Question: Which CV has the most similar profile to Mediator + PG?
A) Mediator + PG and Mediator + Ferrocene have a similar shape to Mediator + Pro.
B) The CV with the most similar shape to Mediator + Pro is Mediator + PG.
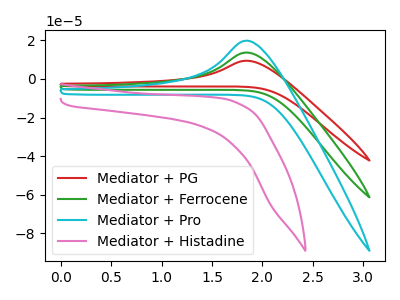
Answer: <think>The red curve "Mediator + PG" has an anodic peak at: (1.85V, 27.25uA). The green curve "Mediator + Ferrocene" has an anodic peak at: (1.85V, 13.65uA). The cyan curve "Mediator + Pro" has an anodic peak at: (1.85V, 19.80uA). The pink curve "Mediator + Histadine" has no peaks.
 All the peaks in "Mediator + PG" have a peak in "Mediator + Ferrocene" at the same potential. Every peak in "Mediator + PG" is higher than every peak in "Mediator + Ferrocene". All the peaks in "Mediator + PG" have a peak in "Mediator + Pro" at the same potential. Every peak in "Mediator + PG" is higher than every peak in "Mediator + Pro". "Mediator + PG" and "Mediator + Histadine" have a different number of peaks. All the peaks in "Mediator + Ferrocene" have a peak in "Mediator + Pro" at the same potential. Every peak in "Mediator + Ferrocene" is lower than every peak in "Mediator + Pro". "Mediator + Ferrocene" and "Mediator + Histadine" have a different number of peaks. "Mediator + Pro" and "Mediator + Histadine" have a different number of peaks.</think>
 <answer>A) "Mediator + PG" and "Mediator + Ferrocene" have a similar shape to "Mediator + Pro".</answer>
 <eval>A</eval>